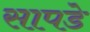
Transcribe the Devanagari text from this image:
सापडे